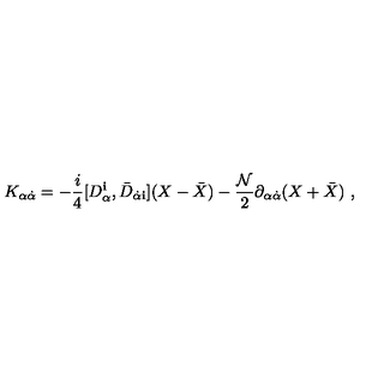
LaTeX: K _ { \alpha { \dot { \alpha } } } = - \frac { i } { 4 } [ D _ { \alpha } ^ { \mathbf i } , { \bar { D } } _ { { \dot { \alpha } } { \mathbf i } } ] ( X - { \bar { X } } ) - \frac { { \mathcal N } } { 2 } \partial _ { \alpha { \dot { \alpha } } } ( X + { \bar { X } } ) \ ,